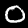
Label: 0